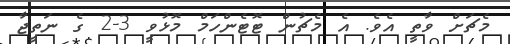
މެޗަށް ވާތީ އެވެ. އެ މެޗުން ޓޮޓެންހަމް މޮޅުވީ 3-2 ގެ ނަތީޖާ